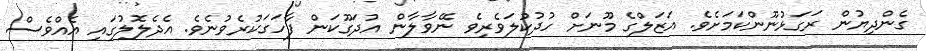
ގެންދިޔުން ރަގަޅުނޫންކަމަށެވެ. އަޒަލްގެ މޫނަށް ހުދުކުލަވެރިވެ ނޭވާލާން އުދަގޫކަން ފާހަގަކުރެވުނެވެ. އެދެލޮލުގައި އެއްވެސް